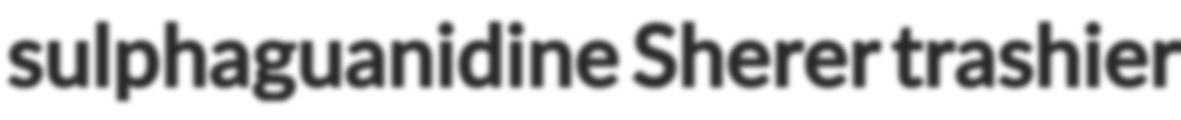
sulphaguanidine Sherer trashier